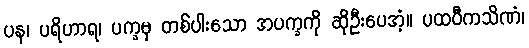
ပန၊ ပရိဟာရ၊ ပက္ခမှ တစ်ပါးသော အပက္ခကို ဆိုဦးပေအံ့။ ပထဝီကသိဏံ၊